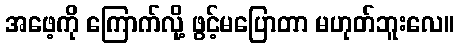
အဖေ့ကို ကြောက်လို့ ဖွင့်မပြောတာ မဟုတ်ဘူးလေ။